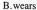
B.wears